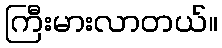
ကြီးမားလာတယ်။